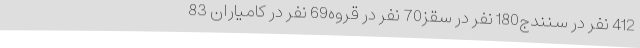
412 نفر در سنندج180 نفر در سقز70 نفر در قروه69 نفر در کامیاران 83